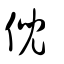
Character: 倪